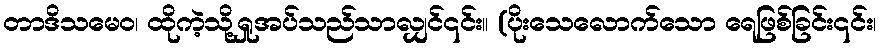
တာဒိသမေဝ၊ ထိုကဲ့သို့ရှုအပ်သည်သာလျှင်၎င်း။ (ပိုးသေလောက်သော ရေဖြစ်ခြင်း၎င်း၊